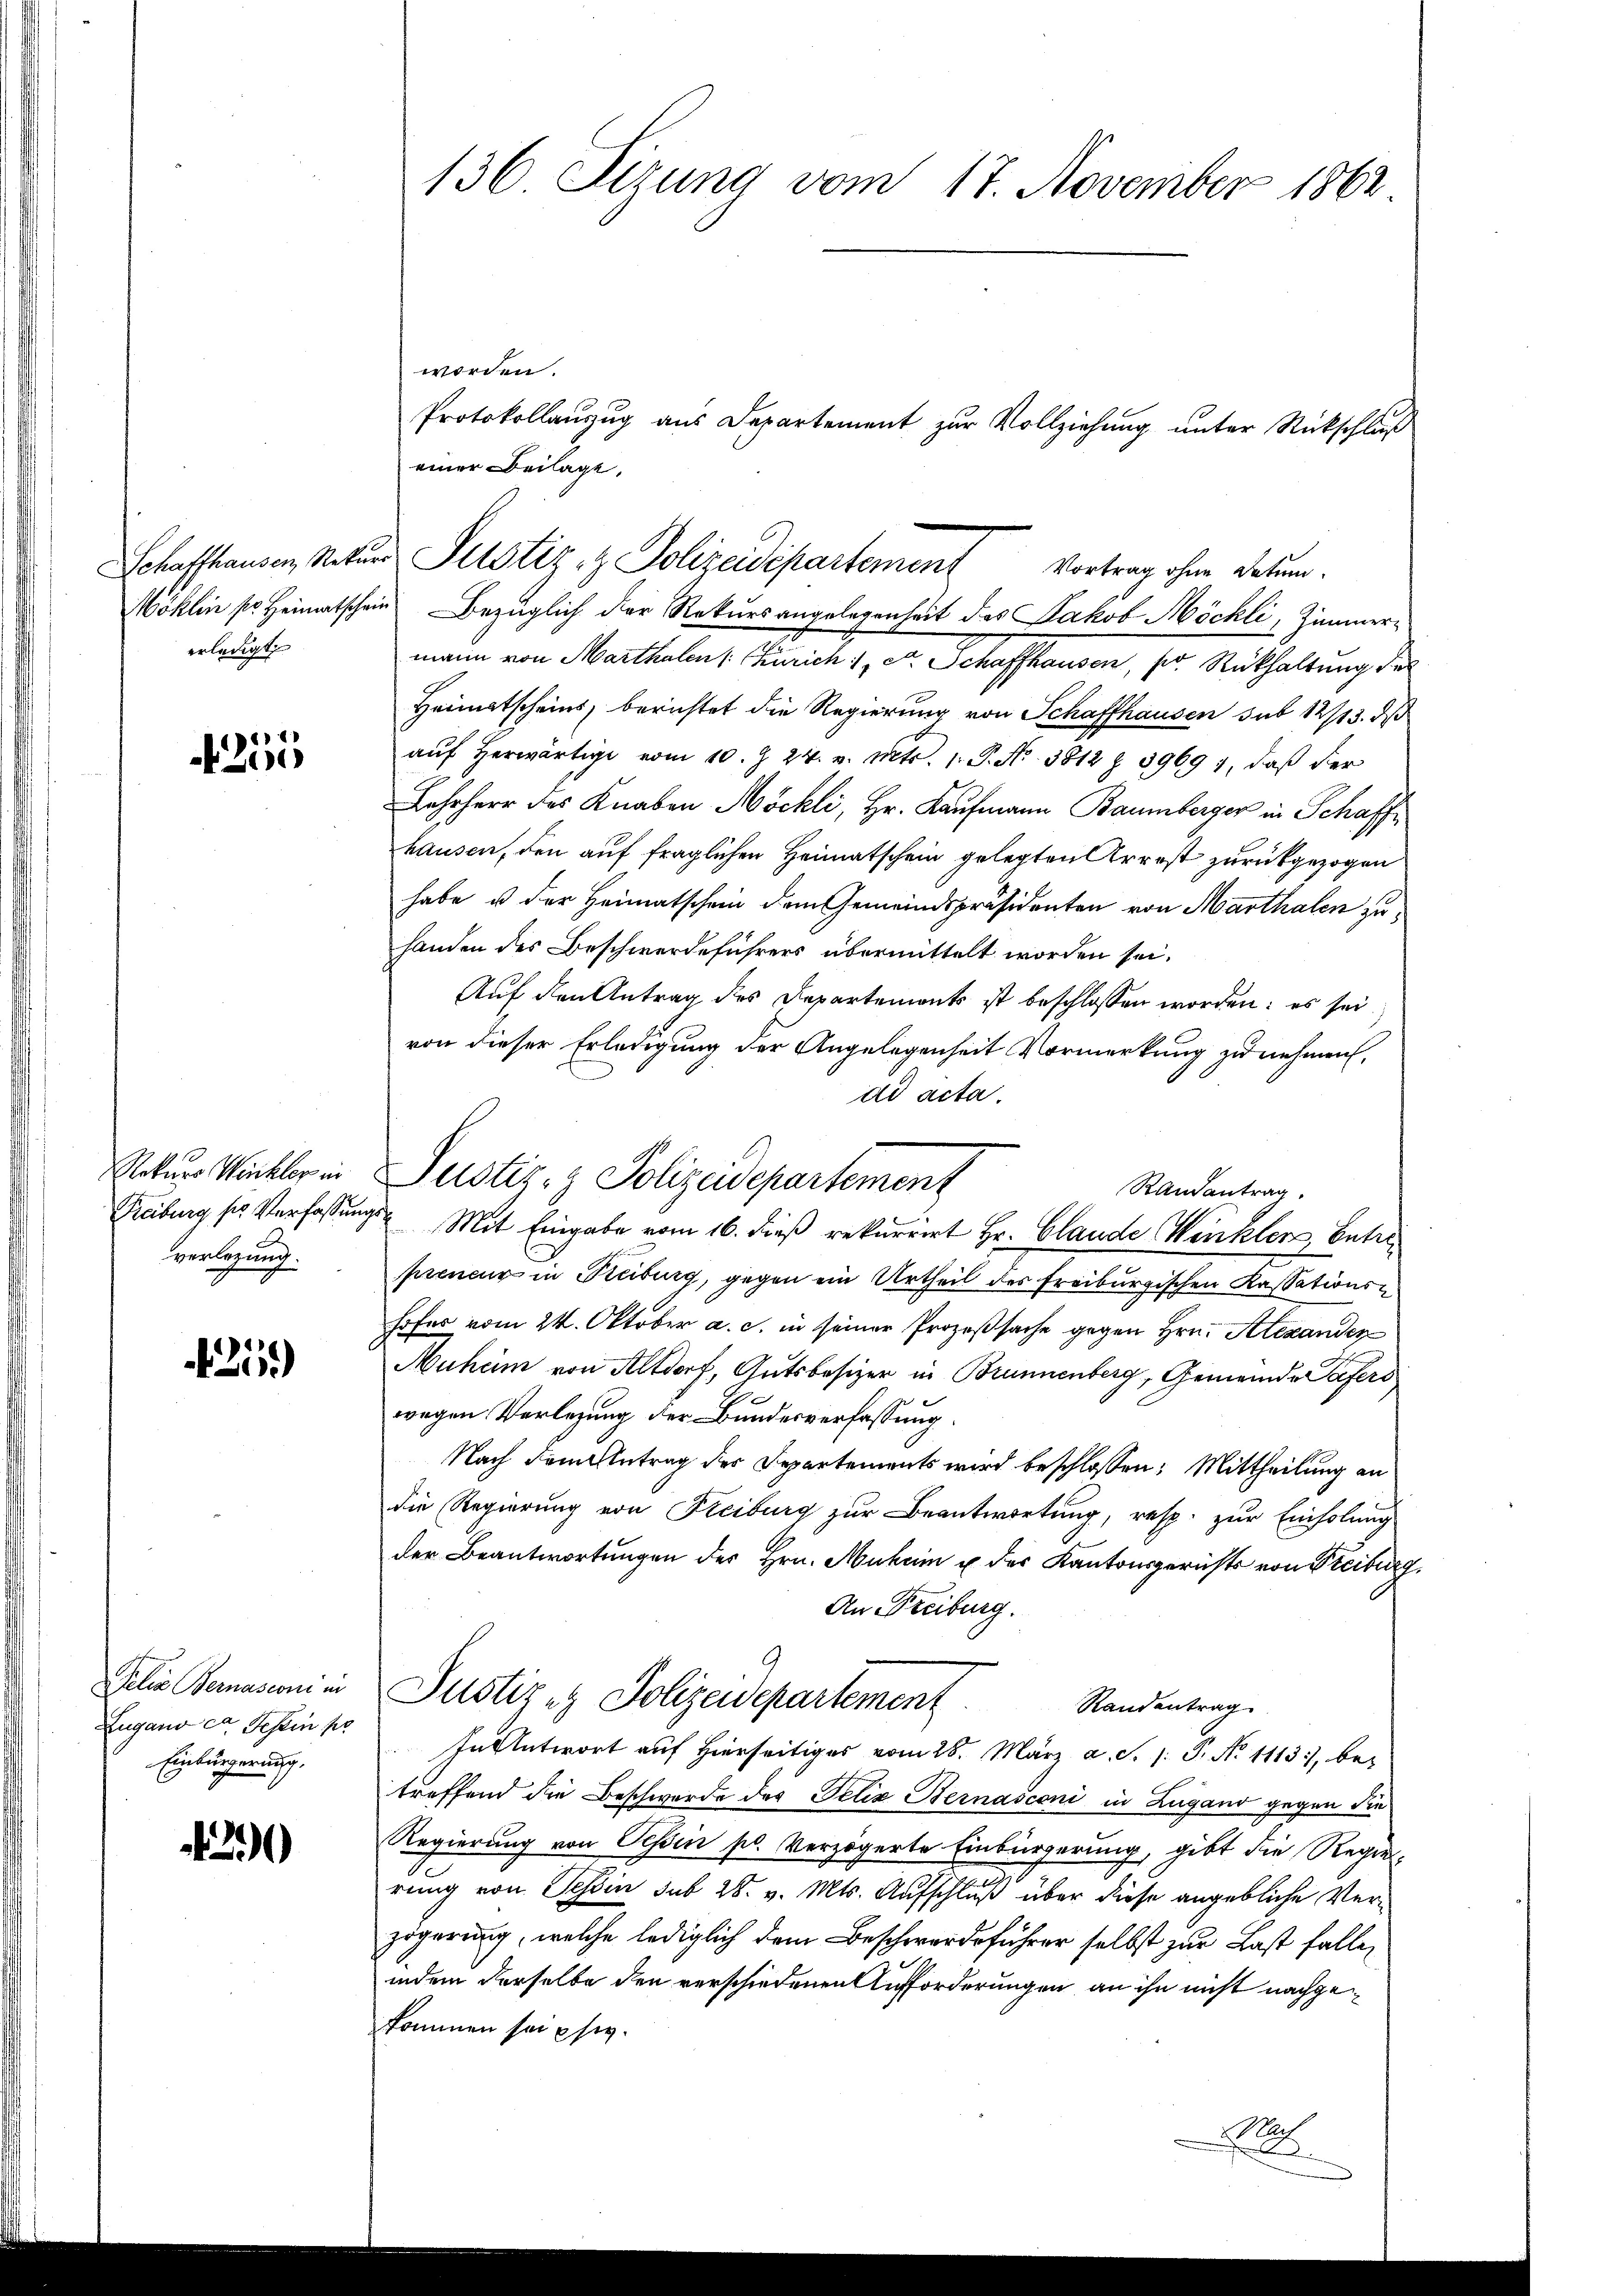
erledigt

4255

Rekurs Winkler in
Freiburg sie Verfassung
verlegung.

215)

Delia Bernasconi in
Zugano der Tessin pr
Einbürgerung.

29)

worden.
einer Beilage,
Wöhlen so. Heimatschein Bezüglich der Rekursangelegenheit des Jakob Möckli, Zimmermann von Marthalen 1. Zürich 1, Dr. Schaffhausen, ser Rückhaltung des
Heimatscheins, berichtet die Regierung von Schaffhausen sub 12/13. ds
aŭf herwärtige vom 10. Z. 24. v. Mts. 1. P. Nr. 3812 Z. 3969, daß der
Lehrherr des Knaben Möckli, Hr. Kaufmann Baumberger in Schaff
hausen, den auf fraglichen Heimatschein gelegten Arrest zurückgezogen
habe u der Heimatschein dem Gemeindspräsidenten von Marthalen zuhanden des Beschwerdeführers übermittelt worden sei.
Auf den Antrag des Departements ist beschlossen worden: es sei
von dieser Erledigung der Angelegenheit Vormerkung zu nehmen,
Randantrag.
4 Mit Eingabe vom 16. dieß rekurrirt Hr. Clande Werckters, betre
preneur in Freiburg, gegen ein Urtheil des Freiburgischen Kassationshofer vom 24. Oktober a. c. in seiner Prozeßsache gegen Hrn. Alexanden
Muheim von Altdorf, Gutsbesizer in Brunnenberg, Gemeinde Tafers
wegen Vorlegung der Bundesverfassung.
Nach Familletrag des Departements wird beschlossen: Mittheilung an
die Regierŭng von Freiburg zŭr Beantwortŭng, resp. zŭr Einholŭng
der Beantwortungen des Hrn. Muham u der Kantonsgerichts von Freiburg,
An Freiburg.
Justiz & Polizeidepartement
Randentrag
Antwort auf hierseitiges vom 26. März a. S. 1: P. Nr. 1113, be-
treffend die Beschwerde des Felix Bernasconi in Lugand gegen die
Regierung von Tessin pl. verzögerte Einbürgerung, gibt die Regierung von Tessin sub 28. v. Mts. Aufschluß über diese angebliche Verzögerung, welche lediglich dem Beschwerdeführer selbst zur Last falle,
indem derselbe den verschiedenen Aufforderungen an ihn nicht nachgekommen sei pfi.
Nach
l

136. Sizung vom 17. November 1862

Schaffhausen, Natur Selstiz- & Polizeidepartemen Vortrag ohne Datum.

ad acta.
Justiz- & Polizadepartement

Protokollanzug aus Departement zur Vollziehung unter Rückschluß